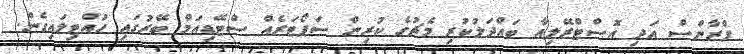
ފްރާންސް އަދި އޮސްޓްރޭލިއާ ބައްދަލުކުރި މެޗުގެ ކުރިން ސަޕޯޓަރެއް ސްޓޭޑިއަމް ބޭރުގައި ހުއްޓިލައިގެން.